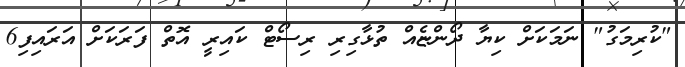
"ކުރިމަގު" ނަމަކަށް ކިޔާ ދޯންޏެއް ތުޅާގިރި ރިސޯޓް ކައިރީ އޮތް ފަރަކަށް އަރައިފި6